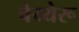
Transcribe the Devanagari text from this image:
चेय्येरू